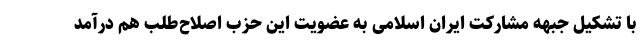
با تشکیل جبهه مشارکت ایران اسلامی به عضویت این حزب اصلاح‌طلب هم درآمد